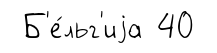
Б'е́льг'иjа 40